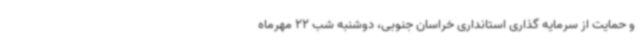
و حمایت از سرمایه گذاری استانداری خراسان جنوبی، دوشنبه شب 22 مهرماه